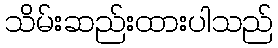
သိမ်းဆည်းထားပါသည်